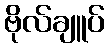
ဗိုလ်ချူပ်